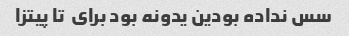
سس نداده بودین یدونه بود برای  تا پیتزا